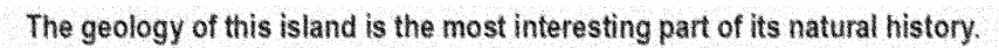
The geology of this island is the most interesting part of its natural history.